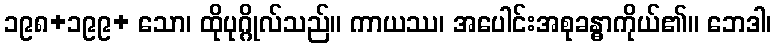
၁၉၈+၁၉၉+ သော၊ ထိုပုဂ္ဂိုလ်သည်။ ကာယဿ၊ အပေါင်းအစုခန္ဓာကိုယ်၏။ ဘေဒါ၊